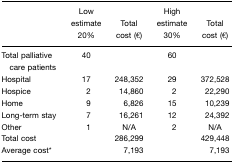
<table><thead><tr><td></td><td><b>Low estimate 20%</b></td><td><b>Total cost (€)</b></td><td><b>High estimate 30%</b></td><td><b>Total cost (€)</b></td></tr></thead><tbody><tr><td>Total palliative care patients</td><td>40</td><td></td><td>60</td><td></td></tr><tr><td>Hospital</td><td>17</td><td>248,352</td><td>29</td><td>372,528</td></tr><tr><td>Hospice</td><td>2</td><td>14,860</td><td>2</td><td>22,290</td></tr><tr><td>Home</td><td>9</td><td>6,826</td><td>15</td><td>10,239</td></tr><tr><td>Long-term stay</td><td>7</td><td>16,261</td><td>12</td><td>24,392</td></tr><tr><td>Other</td><td>1</td><td>N/A</td><td>2</td><td>N/A</td></tr><tr><td>Total cost</td><td></td><td>286,299</td><td></td><td>429,448</td></tr><tr><td>Average cost*</td><td></td><td>7,193</td><td></td><td>7,193</td></tr></tbody></table>